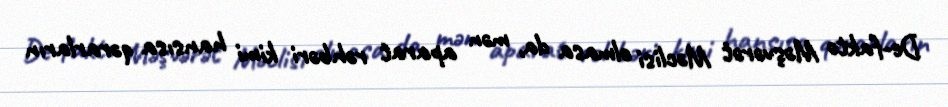
De-fakto Məşvərət Məclisi olmasa da, mən aparat rəhbəri kimi hansısa qərarların